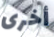
أخرى